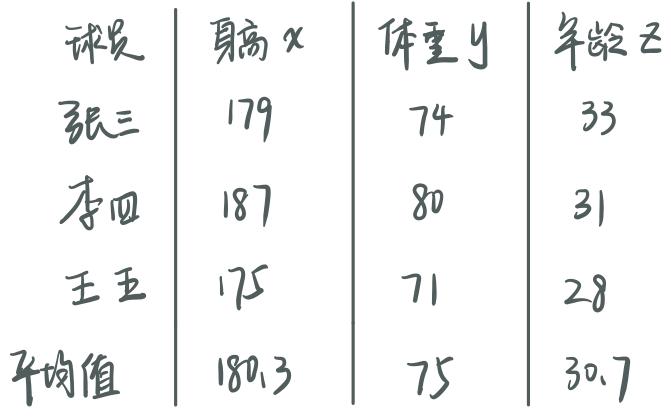
\begin{tabular}{|c|c|c|c|}
球员 & 身高$x$ & 体重$y$ & 年龄$z$ \\
张三 & 179 & 74 & 33 \\
李四 & 187 & 80 & 31 \\
王五 & 175 & 71 & 28 \\
平均值 & 180.3 & 75 & 30.7 \\
\end{tabular}